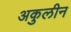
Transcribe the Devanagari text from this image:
अकुलीन